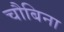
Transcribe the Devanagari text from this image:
चौबिना